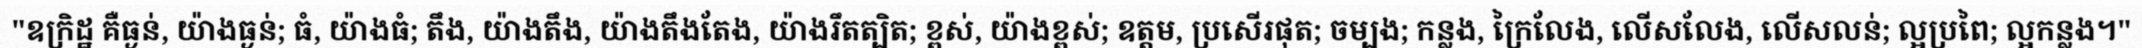
"ឧក្រិដ្ឋ គឺធ្ងន់, យ៉ាងធ្ងន់; ធំ, យ៉ាងធំ; តឹង, យ៉ាងតឹង, យ៉ាងតឹងតែង, យ៉ាងរឹតត្បិត; ខ្ពស់, យ៉ាងខ្ពស់; ឧត្តម, ប្រសើរផុត; ចម្បង; កន្លង, ក្រៃលែង, លើសលែង, លើសលន់; ល្អប្រពៃ; ល្អកន្លង។"